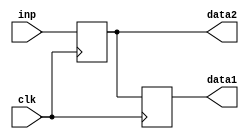
`timescale 1ns / 1ps
//////////////////////////////////////////////////////////////////////////////////
// Company: 
// Engineer: 
// 
// Design Name: 
// Module Name:    buf 
// Project Name: 
// Target Devices: 
// Tool versions: 
// Description: 
//
// Dependencies: 
//
// Revision: 
// Revision 0.01 - File Created
// Additional Comments: 
//
//////////////////////////////////////////////////////////////////////////////////
module buft( data1 , data2 , inp , clk
    );
input[7:0] inp;
input clk;
output reg[7:0] data1 , data2 ;

always @(posedge clk)
  #10  data2 <= inp;
	
always @(negedge clk)
	data1 <= data2;
	

endmodule